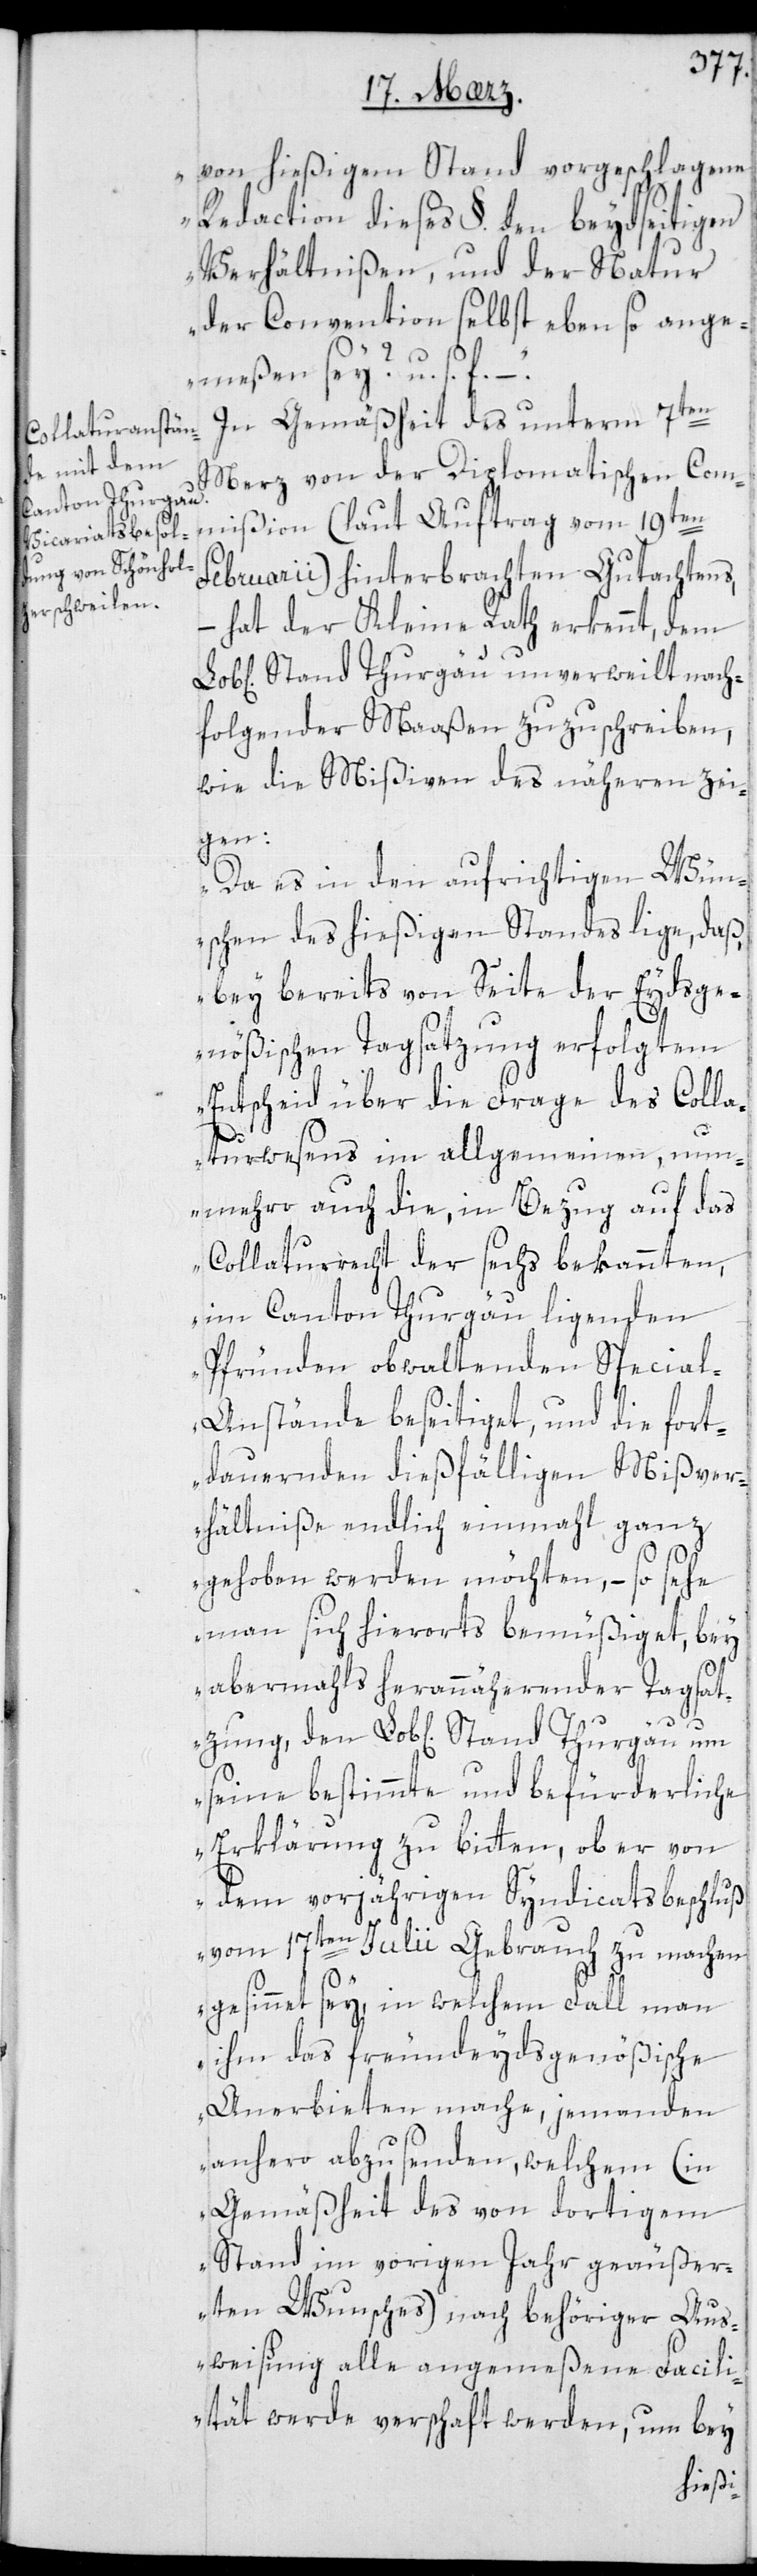
Stand Thurgau

von hießigem Stand vorgeschlagene
Redaction dieses §. den beydseitigen
Verhältnißen und der Natur
der Convention selbst ebenso ange¬
meßen sey? u. s. f.“ –
In Gemäßheit des unterm 7ten
Merz von der Diplomatischen Com¬
mißion (laut Auftrag vom 19ten
Februarii) hinterbrachten Gutachtens,
hat der Kleine Rath erkennt, dem
Stand Thurgau unverweilt nach¬
folgender Maaßen zuzuschreiben,
wie die Mißiven des Näheren zei¬
gen:
„Da es in den aufrichtigen Wün¬
schen des hießigen Standes liege, daß,
bey bereits von Seite der Eydsge¬
nößischen Tagsatzung erfolgtem
Entscheid über die Frage des Colla¬
turwesens im allgemeinen, nun¬
mehro auch die, in Bezug auf das
Collaturrecht der sechs bekannten,
im Canton Thurgau liegenden
Pfründen obwaltenden Specia¬
l-Anstände beseitiget, und die fort¬
dauernden dießfälligen Mißver¬
hältniße endlich einmahl ganz
gehoben werden möchten, – so sehe
man sich hierorts bemüßiget, bey
abermals herannäherender Tagsatz¬
ung, den
seine bestimmte und befürderliche
Erklärung zu bitten, ob er von
dem vorjährigen Syndicatsbeschluß
vom 17ten Julii Gebrauch zu machen
gesinnet sey, in welchem Fall man
ihm das freundeydsgenößische
Anerbieten mache, jemanden
anhero abzusenden, welchem (in
Gemäßheit des von dortigem
Stand im vorigen Jahr geäußer¬
ten Wunsches) nach behöriger Aus¬
weisung alle angemeßene Facili¬
tät werde verschafft werden, um bey